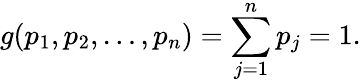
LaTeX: g(p_{1},p_{2},\ldots,p_{n})=\sum_{j=1}^{n}p_{j}=1.